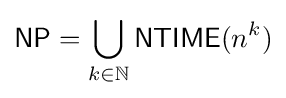
{\mathsf {NP}}=\bigcup _{k\in \mathbb {N} }{\mathsf {NTIME}}(n^{k})